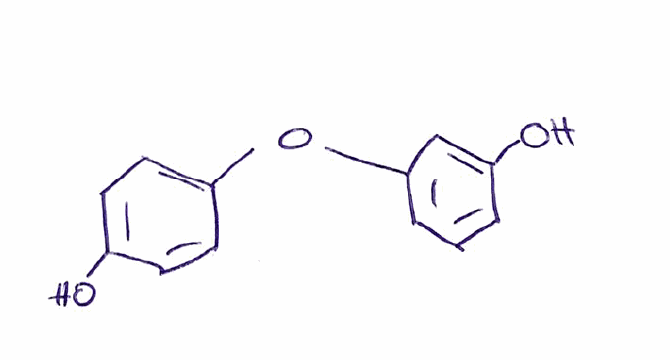
Simplified molecular-input line-entry system (SMILES) notation of the given molecule:
C1=CC(=CC(=C1)OC2=CC=C(C=C2)O)O